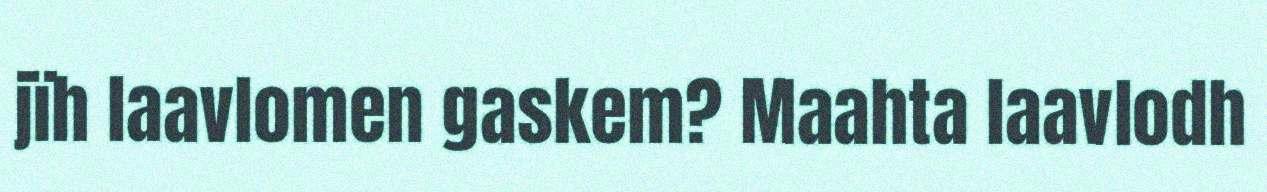
jïh laavlomen gaskem? Maahta laavlodh